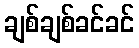
ချစ်ချစ်ခင်ခင်